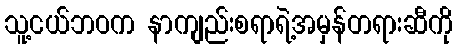
သူ့ငယ်ဘဝက နာကျည်းစရာရဲ့အမှန်တရားဆီကို